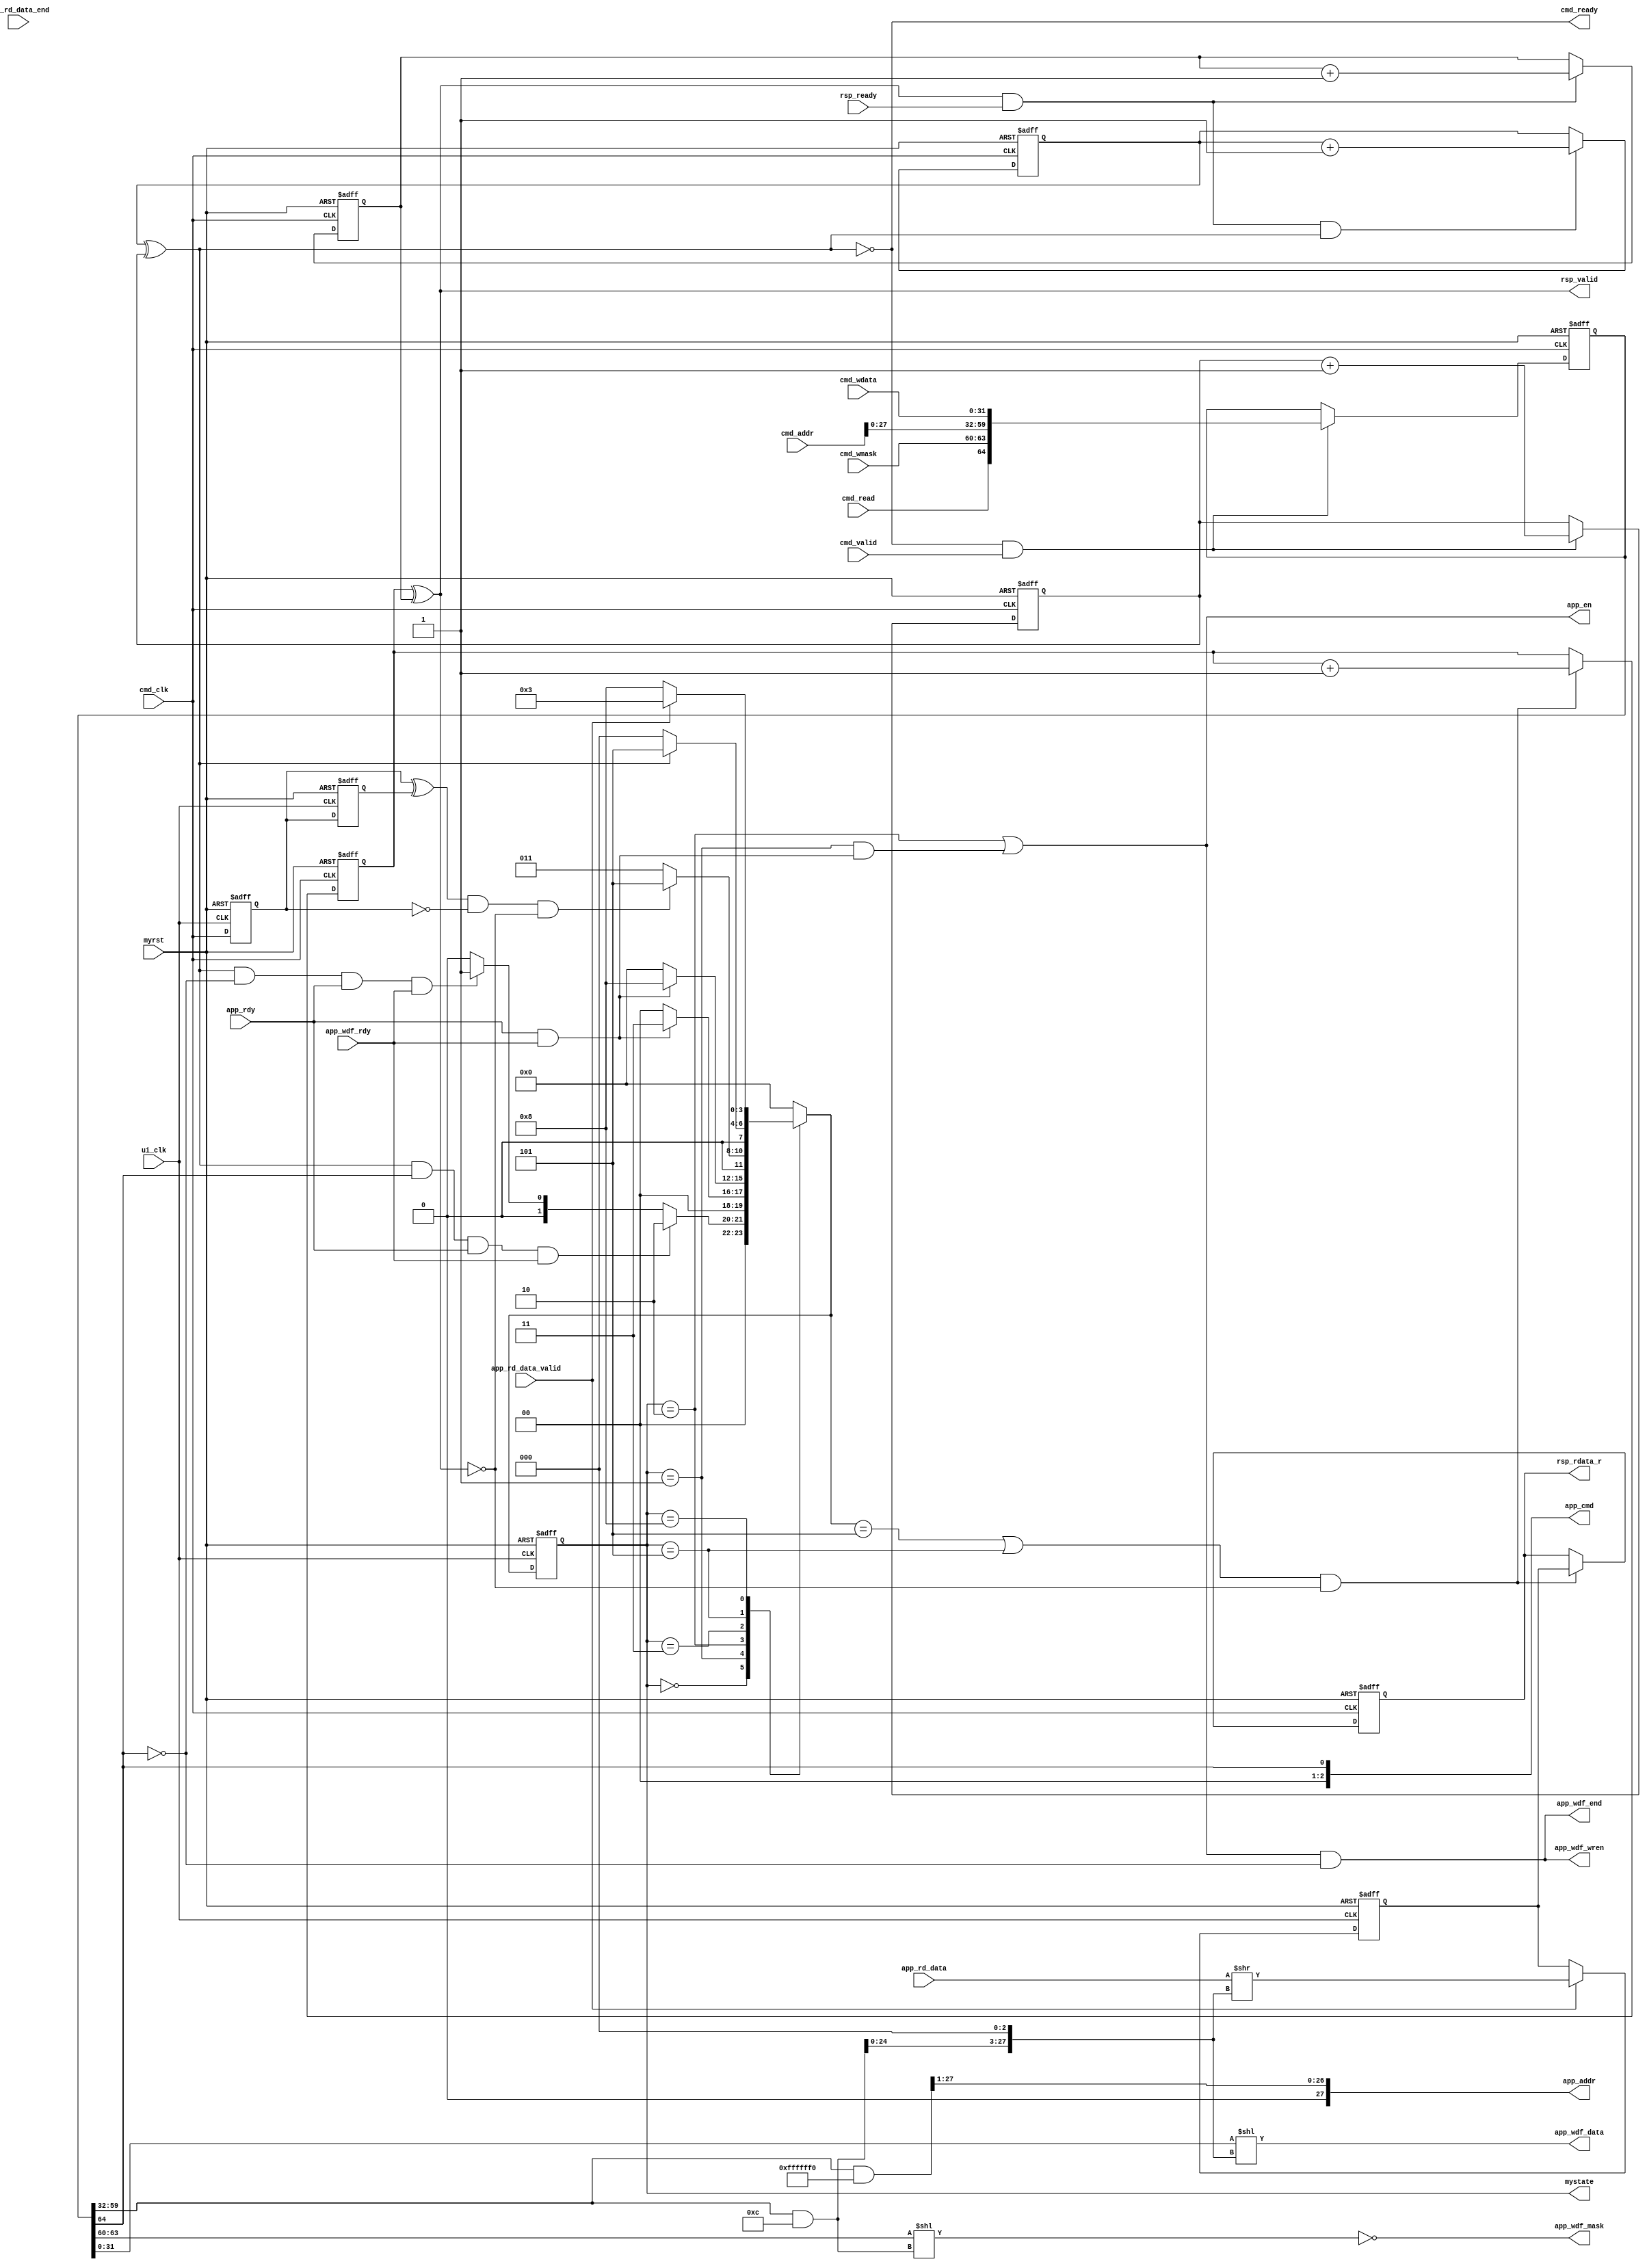
// This program was cloned from: https://github.com/xiaoerlang0359/E203plus
// License: Apache License 2.0

`timescale 1ns / 1ps
//////////////////////////////////////////////////////////////////////////////////
// Company: 
// Engineer: 
// 
// Design Name: 
// Module Name: icb_bridge
// Project Name: 
// Target Devices: 
// Tool Versions: 
// Description: 
// 
// Dependencies: 
// 
// Revision:
// Revision 0.01 - File Created
// Additional Comments:
// 
//////////////////////////////////////////////////////////////////////////////////

module icb_bridge(
    //cmd channel
    input cmd_valid,
    output cmd_ready, //
    input cmd_read,
    input [31:0] cmd_addr,
    input [31:0] cmd_wdata,
    input [3:0] cmd_wmask,
    // rsp channel
    output rsp_valid, //
    input  rsp_ready,
    output reg [31:0] rsp_rdata_r, //
//    output reg rsp_usr2,
    //usr interface
    output [27:0] app_addr,
    output [2:0] app_cmd,
    output app_en,
    output [127:0] app_wdf_data,
    output app_wdf_end,
    output app_wdf_wren,
    input [127:0] app_rd_data,
    input app_rd_data_end,
    input app_rd_data_valid,
    input app_rdy,
    input app_wdf_rdy,
    output [15:0] app_wdf_mask,
    //clk and rst
    input ui_clk,
    input cmd_clk,
    output [3:0] mystate,
    input myrst
);

localparam IDLE_S=4'd0;
localparam WRITE_S=4'd1;
localparam READ_S=4'd2;
localparam WRITE1_S=4'd3;
localparam READ1_S=4'd4;
localparam WRSP_S=4'd5;
localparam RRSP_S=4'd7;
localparam WAIT_S=4'd8;
localparam STORE_S=4'd9;

reg cmd_clk_reg1;
reg cmd_clk_reg2;
wire cmd_clk_neg_edge;
always @(posedge ui_clk or negedge myrst) begin
    if (myrst==1'b0)
        {cmd_clk_reg1,cmd_clk_reg2}<=2'b00;
    else
        {cmd_clk_reg1,cmd_clk_reg2}<={cmd_clk,cmd_clk_reg1};
end
assign cmd_clk_neg_edge = (cmd_clk_reg1 ^ cmd_clk_reg2) & (~cmd_clk_reg1); //set hign at forth cycle


reg r_ptr_cmd;
reg w_ptr_cmd;
reg w_ptr_rsp;
reg r_ptr_rsp;
reg [64:0] cmd_info_r;
reg [31:0] rsp_rdata;
reg [3:0] state,next_state;
wire rsp_fifo_full;
wire [27:0] offset;
wire [127:0] app_wdf_data0;
wire [15:0] app_wdf_mask0;
wire [127:0] app_rd_data0;
wire [64:0] cmd_info;
assign mystate = state;
assign  app_en = (state==READ_S)|(state==WRITE_S)&(app_rdy & app_wdf_rdy);
assign  app_cmd = cmd_info_r[64];
assign  app_wdf_data0[127:32]=96'd0;
assign  app_wdf_data0[31:0] = cmd_info_r[31:0];
assign  app_wdf_data = app_wdf_data0 << (offset<<3);
assign  offset = cmd_info_r[59:32] & 28'h000000c;
assign  app_addr = (cmd_info_r[59:32] & 28'hffffff0)>>1;
assign  app_wdf_wren = app_en & (~cmd_info_r[64]);
assign  app_wdf_end = app_wdf_wren;
assign  app_wdf_mask0[15:4] = 12'h000;
assign  app_wdf_mask0[3:0] = cmd_info_r[63:60];
assign  app_wdf_mask = ~(app_wdf_mask0<<offset) ;
assign  app_rd_data0 = app_rd_data>>(offset<<3);

assign cmd_ready = ~(r_ptr_cmd ^ w_ptr_cmd);
assign cmd_info = { cmd_read, cmd_wmask, cmd_addr[27:0], cmd_wdata};

always @(posedge cmd_clk or negedge myrst)begin
    if (myrst==1'b0) begin
        w_ptr_cmd <= 1'b0;
        cmd_info_r <= 65'd0;
    end
    else
        if (cmd_ready && cmd_valid) begin
            w_ptr_cmd <= w_ptr_cmd+1;
            cmd_info_r <= cmd_info;
        end
        else begin
            w_ptr_cmd <= w_ptr_cmd;
            cmd_info_r <= cmd_info_r;
        end
end

always @(posedge cmd_clk or negedge myrst)begin
    if (myrst==1'b0)
        r_ptr_cmd <= 1'b0;
    else
        if (rsp_valid && rsp_ready && cmd_ready==1'b0)
            r_ptr_cmd <= r_ptr_cmd+1;
        else
            r_ptr_cmd <= r_ptr_cmd;
end

assign rsp_fifo_full = (next_state==WRSP_S) | (state==WRSP_S);
assign rsp_valid = w_ptr_rsp ^ r_ptr_rsp;

always @(posedge cmd_clk or negedge myrst)begin
    if (myrst==1'b0) begin
        w_ptr_rsp <= 1'b0;
        rsp_rdata_r <= 32'd0;
    end
    else
        if (rsp_fifo_full==1'b1 && rsp_valid==1'b0) begin
            w_ptr_rsp <= w_ptr_rsp+1;
            rsp_rdata_r <= rsp_rdata;
        end
        else begin
            w_ptr_rsp <= w_ptr_rsp;
            rsp_rdata_r <= rsp_rdata_r;
        end
end

always @(posedge ui_clk or negedge myrst)begin
    if (myrst==1'b0)
        rsp_rdata<=32'd0;
    else
        if (app_rd_data_valid==1'b1)
            rsp_rdata<=app_rd_data0[31:0];
        else
            rsp_rdata<=rsp_rdata;
end

always @(posedge cmd_clk or negedge myrst)begin
    if (myrst==1'b0) begin
        r_ptr_rsp <= 1'b0;
    end
    else
        if (rsp_ready && rsp_valid) begin
            r_ptr_rsp <= r_ptr_rsp+1;
        end
        else begin
            r_ptr_rsp <= r_ptr_rsp;
        end
end

always @(posedge ui_clk or negedge myrst) begin
    if (myrst==1'b0)
        state<=IDLE_S;
    else
        state<=next_state;
end


always @(*) begin
    case (state)
    IDLE_S:
        if ((~cmd_ready) && cmd_info_r[64]==1'b1 && app_rdy==1'b1 && app_wdf_rdy==1'b1)
            next_state<=READ_S;
        else if ((~cmd_ready) && cmd_info_r[64]==1'b0 && app_rdy==1'b1 && app_wdf_rdy==1'b1)
            next_state<=WRITE_S;
        else next_state<=IDLE_S;
    WRITE_S: 
        if (app_rdy & app_wdf_rdy)
            next_state<=WRITE1_S;
        else next_state<=IDLE_S;
    READ_S: 
        if (app_rdy & app_wdf_rdy)
            next_state<=WAIT_S;
        else next_state<=IDLE_S;
    WRITE1_S: 
        if (cmd_clk_neg_edge==1'b1 && rsp_valid==1'b0)
            next_state<=WRSP_S;
        else next_state<=WRITE1_S;
    WRSP_S: 
        if (cmd_ready)
            next_state<=IDLE_S;
        else
            next_state<=WRSP_S;
    WAIT_S: 
        if (app_rd_data_valid==1'b1)
            next_state<=WRITE1_S;
        else next_state<=WAIT_S;
    default: next_state<=IDLE_S;
    endcase
end

endmodule